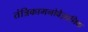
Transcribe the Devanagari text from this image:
तंत्रिकामनोवैज्ञानिक